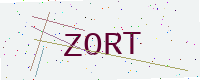
Text: ZORT